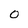
Character: 0